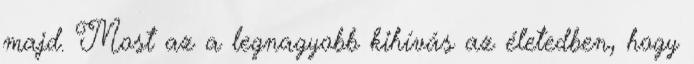
majd. Most az a legnagyobb kihívás az életedben, hogy